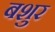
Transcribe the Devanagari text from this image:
बशुर